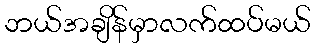
ဘယ်အချိန်မှာလက်ထပ်မယ်